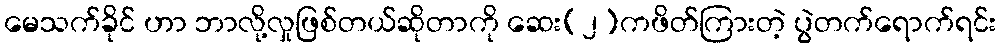
မေသက်ခိုင် ဟာ ဘာလို့လှုဖြစ်တယ်ဆိုတာကို ဆေး(၂)ကဖိတ်ကြားတဲ့ ပွဲတက်ရောက်ရင်း